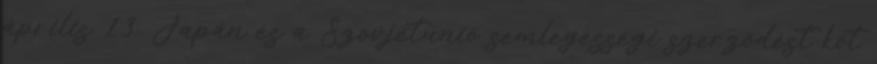
április 13. Japán és a Szovjetunió semlegességi szerzõdést köt